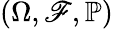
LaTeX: (\Omega,{\mathscr{F}},{{\mathbb{P}}})